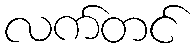
လက်တင်